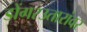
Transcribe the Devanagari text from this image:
डोंगरउतारांवर